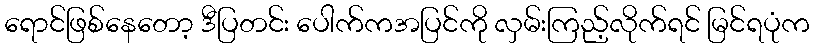
ရောင်ဖြစ်နေတော့ ဒီပြတင်း ပေါက်ကအပြင်ကို လှမ်းကြည့်လိုက်ရင် မြင်ရပုံက